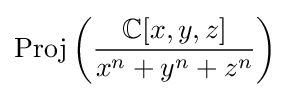
{\text{Proj}}\left({\frac {\mathbb {C} [x,y,z]}{x^{n}+y^{n}+z^{n}}}\right)